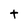
Character: t